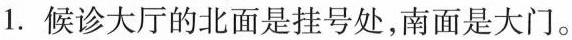
1. 候诊大厅的北面是挂号处，南面是大门。